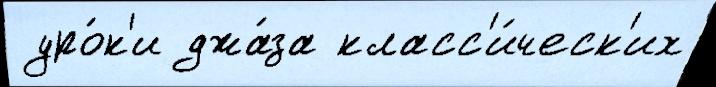
 уро́к'и джа́за класс'и́ческ'их